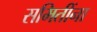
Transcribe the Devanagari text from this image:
समितींना